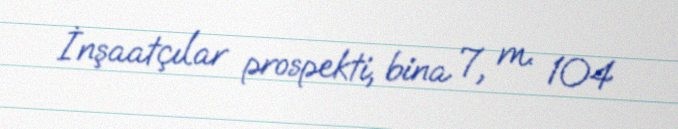
İnşaatçılar prospekti, bina 7, m. 104